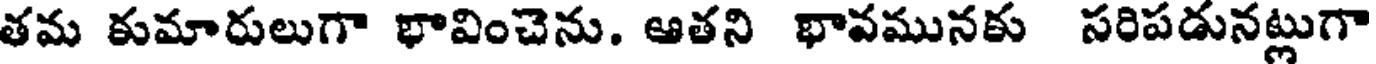
తమ కుమారులుగా భావించెను. ఆతని భావమునకు సరిపడునట్లుగా